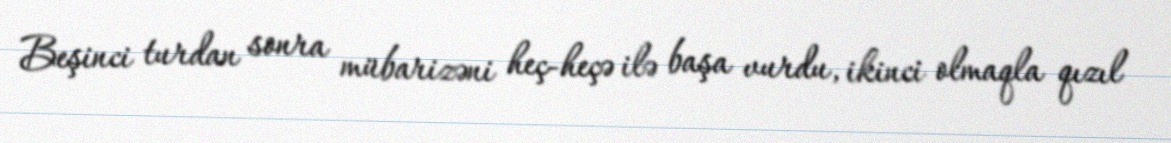
Beşinci turdan sonra mübarizəni heç-heçə ilə başa vurdu, ikinci olmaqla qızıl